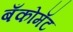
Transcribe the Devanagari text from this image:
बँकोमॅट